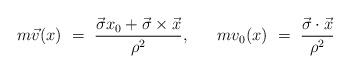
LaTeX: \begin{align*}m\vec{v}(x)~=~\frac{\vec{\sigma} x_0 + \vec{\sigma} \times\vec{x}}{\rho^2},~~~~~mv_0 (x)~=~\frac{\vec{\sigma} \cdot \vec{x}}{\rho^2}\end{align*}